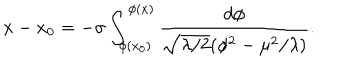
LaTeX: x - x _ { 0 } = - \sigma \int _ { \phi ( x _ { 0 } ) } ^ { \phi ( x ) } \frac { d \phi } { \sqrt { \lambda / 2 } ( \phi ^ { 2 } - \mu ^ { 2 } / \lambda ) } .